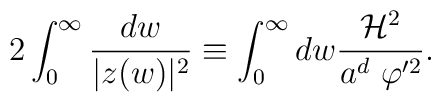
2\int_{0}^{\infty} \frac{dw}{|z(w)|^2}\equiv \int_{0}^{\infty}d w \frac{ {\cal H}^2}{a^d ~\varphi'^2} .